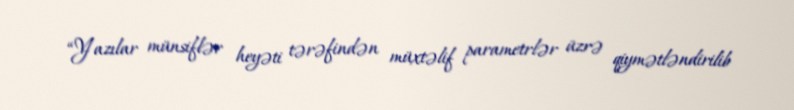
“Yazılar münsiflər heyəti tərəfindən müxtəlif parametrlər üzrə qiymətləndirilib